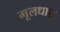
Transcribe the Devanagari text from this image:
मूलधारा